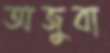
অজুবা